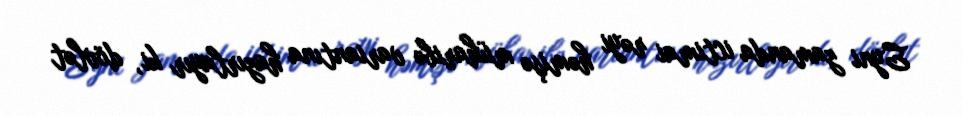
Eyni zamanda ictimai rəyi həmişə müharibə variantına hazırlayır ki, dövlət